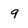
Character: 9